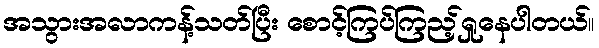
အသွားအလာကန့်သတ်ပြီး စောင့်ကြပ်ကြည့်ရှုနေပါတယ်။